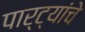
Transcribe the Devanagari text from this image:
पार्ट्यांचे